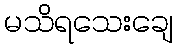
မသိရသေးချေ